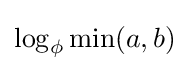
\log _{\phi }\min(a,b)